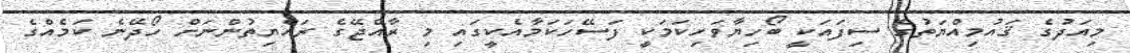
މިއަދުގެ ޤައުމިއްޔަތުގެ ސިފައަކީ ބޯހިޔާވަހިކަމަކީ ފަސޭހަކަމާއެކީގައި މި ރާއްޖޭގެ ރައްޔިތުންނަށް ހޯދޭނެ ކަމެއްގެ